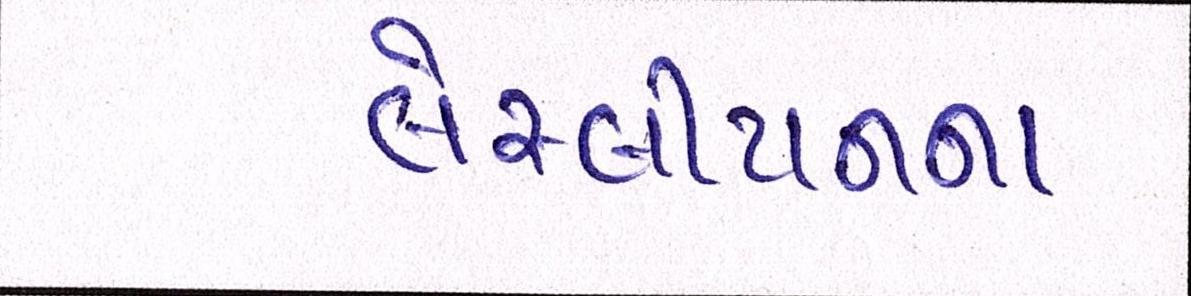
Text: લેસ્બીયનના